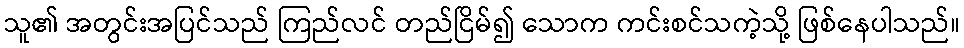
သူ၏ အတွင်းအပြင်သည် ကြည်လင် တည်ငြိမ်၍ သောက ကင်းစင်သကဲ့သို့ ဖြစ်နေပါသည်။